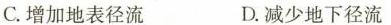
C.增加地表径流 D.减少地下径流